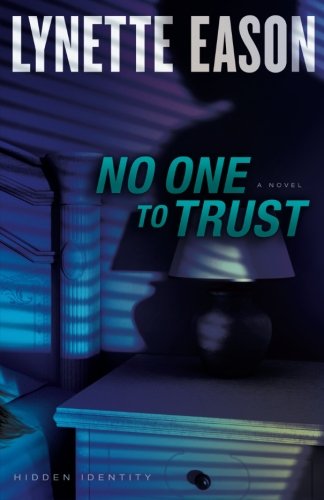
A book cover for No One to Trust: A Novel (Hidden Identity) (Volume 1); Lynette Eason; Romance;